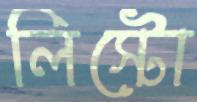
লিস্টো